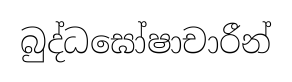
බුද්ධඝෝෂාචාරීන්